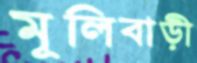
মূলিবাড়ী